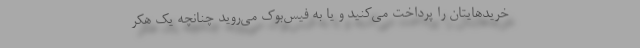
خریدهایتان را پرداخت می‌کنید و یا به فیس‌بوک می‌روید چنانچه یک هکر